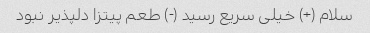
سلام (+) خیلی سریع رسید (-) طعم پیتزا دلپذیر نبود